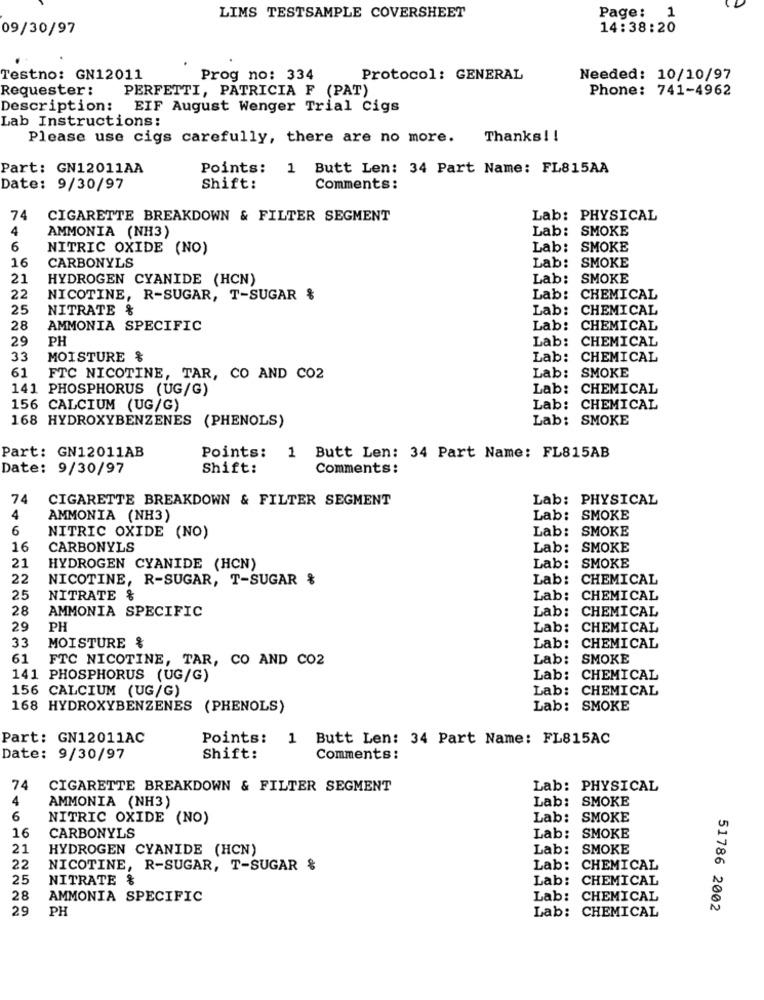
LIMS TESTSAMPLE COVERSHEET
Page: 1
09/30/97
14:38:20
Testno: GN12011
Prog no: 334
Protocol: GENERAL
Needed: 10/10/97
Requester :
PERFETTI, PATRICIA F (PAT)
Phone: 741-4962
Description:
EIF August Wenger Trial Cigs
Lab Instructions:
Please use cigs carefully, there are no more.
Thanks !!
Part: GN12011AA
Points: 1 Butt Len: 34 Part Name: FL815AA
Date: 9/30/97
Shift:
Comments:
74
CIGARETTE BREAKDOWN & FILTER SEGMENT
Lab: PHYSICAL
4
AMMONIA (NH3)
Lab: SMOKE
6
NITRIC OXIDE (NO)
Lab: SMOKE
16
CARBONYLS
Lab: SMOKE
21
HYDROGEN CYANIDE (HCN)
Lab: SMOKE
22
NICOTINE, R-SUGAR, T-SUGAR &
Lab: CHEMICAL
25
NITRATE %
Lab: CHEMICAL
28
AMMONIA SPECIFIC
Lab: CHEMICAL
29
PH
Lab: CHEMICAL
33
MOISTURE &
Lab: CHEMICAL
61
Lab: SMOKE
FTC NICOTINE, TAR, CO AND CO2
141 PHOSPHORUS (UG/G)
Lab: CHEMICAL
156 CALCIUM (UG/G)
Lab: CHEMICAL
168 HYDROXYBENZENES (PHENOLS)
Lab: SMOKE
Part: GN12011AB
Points: 1 Butt Len: 34 Part Name: FL815AB
Date: 9/30/97
Shift:
Comments:
74
CIGARETTE BREAKDOWN & FILTER SEGMENT
Lab: PHYSICAL
4
AMMONIA (NH3)
Lab: SMOKE
6
Lab: SMOKE
NITRIC OXIDE (NO)
16
CARBONYLS
Lab: SMOKE
21
HYDROGEN CYANIDE (HCN)
Lab: SMOKE
22
NICOTINE, R-SUGAR, T-SUGAR %
Lab:
CHEMICAL
25
NITRATE &
Lab:
CHEMICAL
28
AMMONIA SPECIFIC
Lab: CHEMICAL
29
PH
Lab: CHEMICAL
33
MOISTURE %
Lab: CHEMICAL
61
FTC NICOTINE, TAR, CO AND CO2
Lab: SMOKE
141 PHOSPHORUS (UG/G)
Lab: CHEMICAL
156 CALCIUM (UG/G)
Lab: CHEMICAL
168 HYDROXYBENZENES (PHENOLS)
Lab: SMOKE
Part: GN12011AC
Points: 1 Butt Len: 34 Part Name: FL815AC
Date: 9/30/97
Shift:
Comments:
74
CIGARETTE BREAKDOWN & FILTER SEGMENT
Lab: PHYSICAL
4
Lab: SMOKE
AMMONIA (NH3)
6
NITRIC OXIDE (NO)
Lab: SMOKE
16
CARBONYLS
Lab: SMOKE
21
HYDROGEN CYANIDE (HCN)
Lab: SMOKE
22
NICOTINE, R-SUGAR, T-SUGAR &
Lab: CHEMICAL
25
NITRATE %
Lab: CHEMICAL
28
AMMONIA SPECIFIC
Lab: CHEMICAL
29
PH
Lab: CHEMICAL
51786 2002